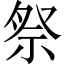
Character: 祭